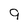
Character: 9